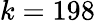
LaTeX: k=198